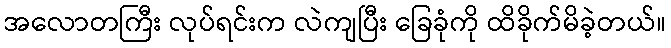
အလောတကြီး လုပ်ရင်းက လဲကျပြီး ခြေခုံကို ထိခိုက်မိခဲ့တယ်။